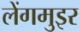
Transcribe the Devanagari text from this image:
लेंगमुइर